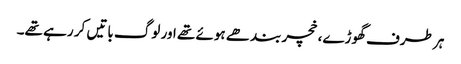
ہر طرف گھوڑے، خچر بندھے ہوئے تھے اور لوگ باتیں کر رہے تھے۔